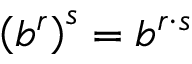
\left( b ^ { r } \right) ^ { s } = b ^ { r \cdot s }